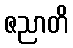
ဇညာတိ